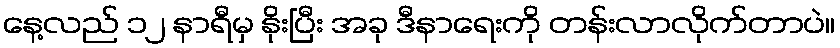
နေ့လည် ၁၂ နာရီမှ နိုးပြီး အခု ဒီနာရေးကို တန်းလာလိုက်တာပဲ။